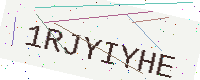
Text: 1RJYIYHE